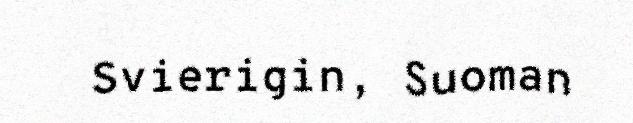
Svierigin, Suoman